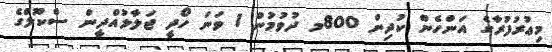
މިޢުރުފުރާގެ އަންހެން ކުދިން 800މ ދުވުމުން 1 ވަނަ ހޯދީ ޖަލާލުއްދީން ސްކޫލްގެ